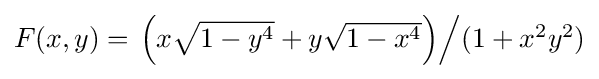
{\textstyle F(x,y)=\left.\left(x{\sqrt {1-y^{4}}}+y{\sqrt {1-x^{4}}}\right)\right/\!(1+x^{2}y^{2})}